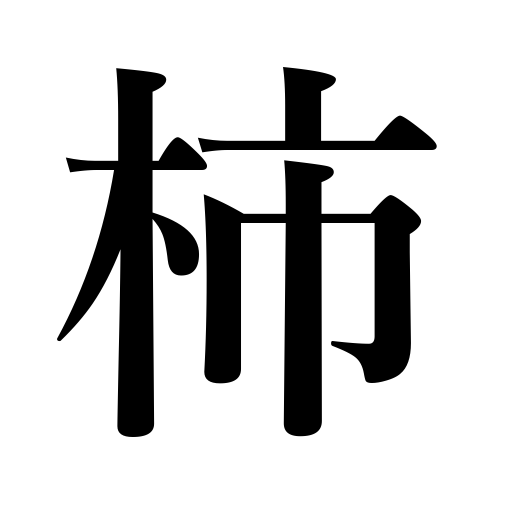
Meanings: persimmon